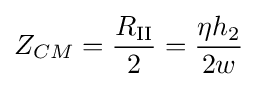
Z_{CM}={\frac {R_{\text{II}}}{2}}={\frac {\eta h_{2}}{2w}}